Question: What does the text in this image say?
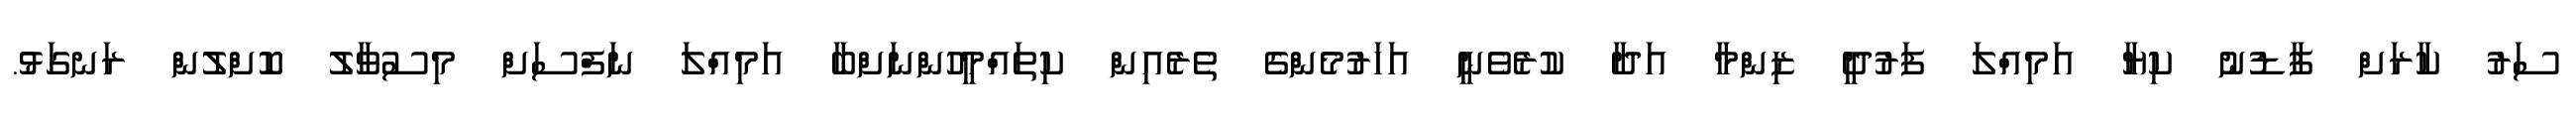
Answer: ސަރު ކާރަށް ފާޑުނު ކިޔާ އަމިއްލަ ފަރުދީ ޒިންމާ އަދާ ކުރެވެނީ އަހަރުމެންގެ ތެރެއިން ކިތައްމީހުންނަށްބާ އަމިއްލަ ނަފްސަށް މިސުވާލު ކޮށްލުން ރަނގަޅު.